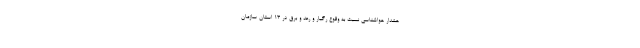
هشدار هواشناسی نسبت به وقوع رگبار و رعد و برق در ۱۳ استان سازمان